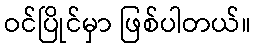
ဝင်ပြိုင်မှာ ဖြစ်ပါတယ်။